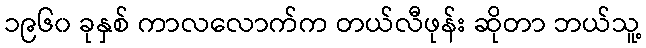
၁၉၆၀ ခုနှစ် ကာလလောက်က တယ်လီဖုန်း ဆိုတာ ဘယ်သူ့